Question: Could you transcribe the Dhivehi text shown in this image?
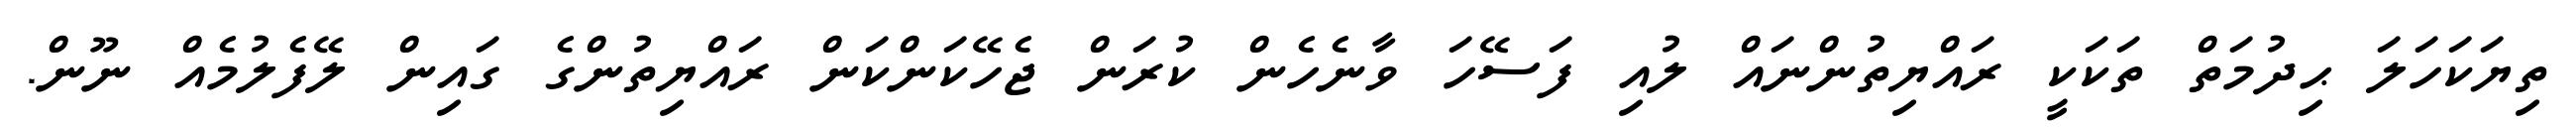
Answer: ތިޔަކަހަލަ ޙިދުމަތް ތަކަކީ ރައްޔިތުންނައް ލުއި ފަސޭހަ ވާނެހެން ކުރަން ޖެހޭކަންކަން ރައްޔިތުންގެ ގައިން ލޭފެލުމެއް ނޫން.